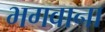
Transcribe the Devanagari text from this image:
भगवाना